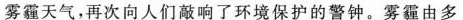
雾霾天气，再次向人们敲响了环境保护的警钟。雾霾由多